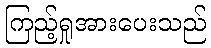
ကြည့်ရှုအားပေးသည်